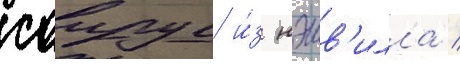
саирус и́з нэшв'илла /